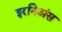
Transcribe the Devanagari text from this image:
इरनिअंस